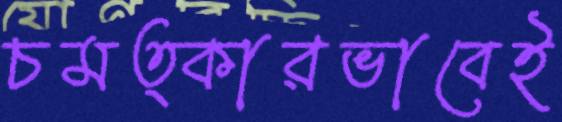
চমত্কারভাবেই